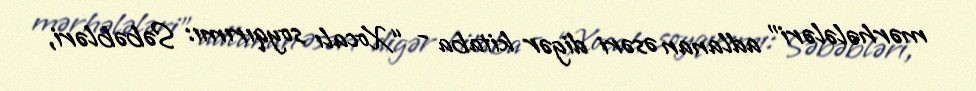
mərhələləri” adlanan əsəri digər kitaba - “Xocalı soyqırımı: Səbəbləri,